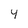
Character: 4